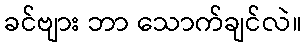
ခင်ဗျား ဘာ သောက်ချင်လဲ။